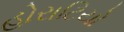
હોરાટિયો